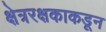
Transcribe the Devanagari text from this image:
क्षेत्ररक्षकाकडून